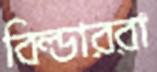
বিল্ডাররা